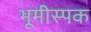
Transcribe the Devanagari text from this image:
भूमीस्पक